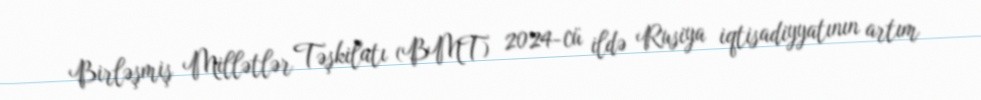
Birləşmiş Millətlər Təşkilatı (BMT) 2024-cü ildə Rusiya iqtisadiyyatının artım